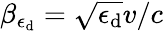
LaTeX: \beta_{\epsilon_{\mathrm{d}}}=\sqrt{\epsilon_{\mathrm{d}}}v/c